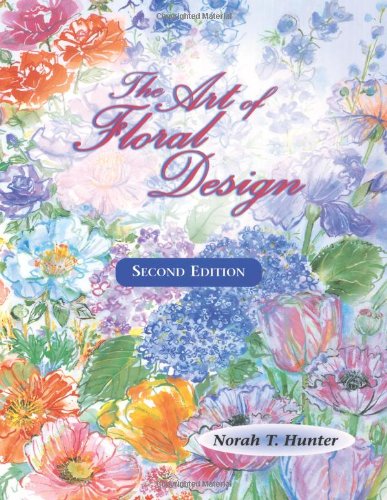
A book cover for The Art of Floral Design; Norah T. Hunter; Crafts, Hobbies & Home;